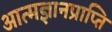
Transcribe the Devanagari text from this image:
आत्मज्ञानप्राप्ति